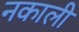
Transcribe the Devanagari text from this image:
नकाली